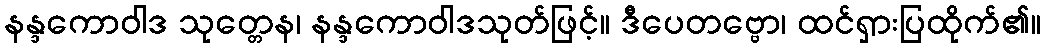
နန္ဒကောဝါဒ သုတ္တေန၊ နန္ဒကောဝါဒသုတ်ဖြင့်။ ဒီပေတဗ္ဗော၊ ထင်ရှားပြထိုက်၏။